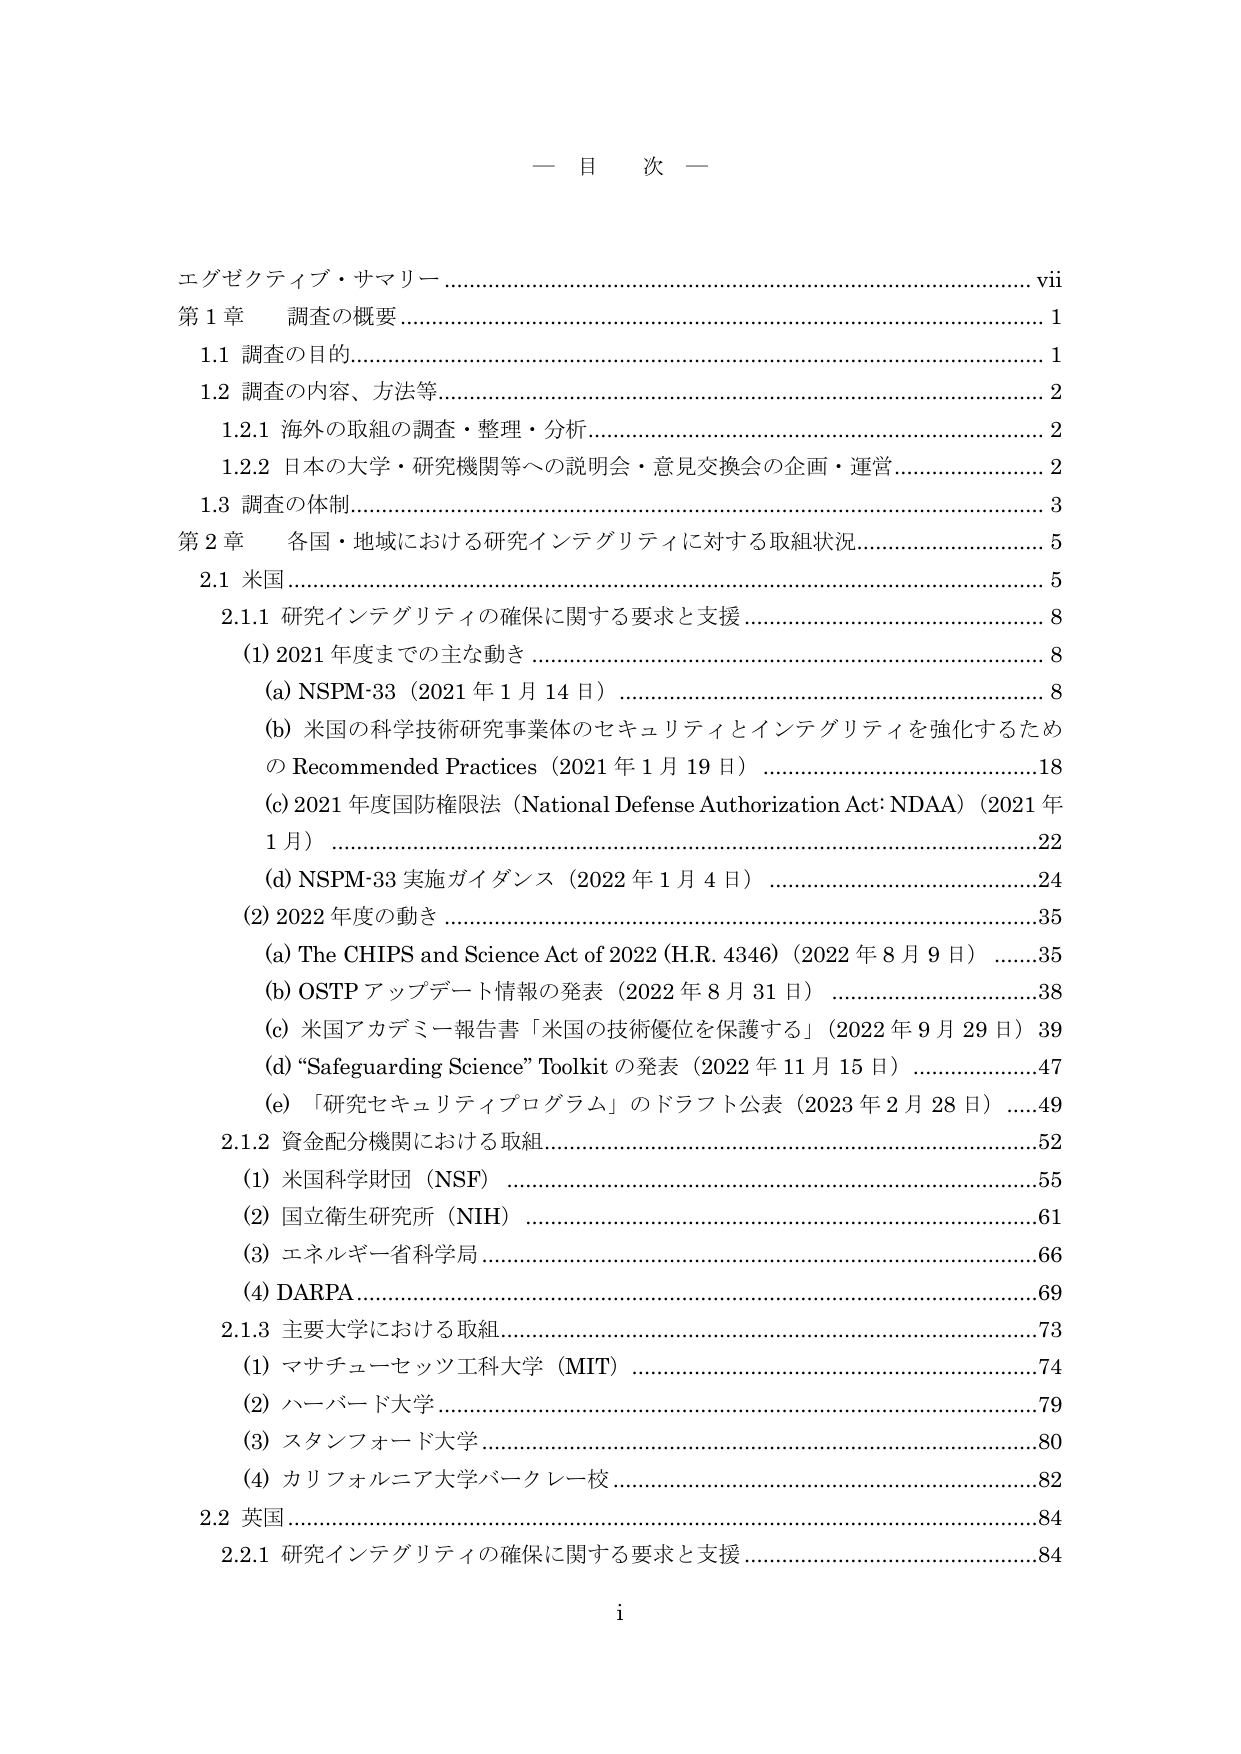
一 目 次 一

エグゼクティブ・サマリー……………………………………………………………………… vii
第1章 調査の概要………………………………………………………………………………… 1
　1.1 調査の目的………………………………………………………………………………… 1
　1.2 調査の内容、方法等……………………………………………………………………… 2
　　1.2.1 海外の取組の調査・整理・分析……………………………………………………… 2
　　1.2.2 日本の大学・研究機関等への説明会・意見交換会の企画・運営…………………… 2
　1.3 調査の体制………………………………………………………………………………… 3
第2章 各国・地域における研究インテグリティに対する取組状況…………………………… 5
　2.1 米国………………………………………………………………………………………… 5
　　2.1.1 研究インテグリティの確保に関する要求と支援……………………………………… 8
　　　(1) 2021年度までの主な動き……………………………………………………………… 8
　　　　(a) NSPM-33（2021年1月14日）………………………………………………………… 8
　　　　(b) 米国の科学技術研究事業体のセキュリティとインテグリティを強化するため
　　　　　のRecommended Practices（2021年1月19日）…………………………………… 18
　　　　(c) 2021年度国防権限法（National Defense Authorization Act: NDAA）（2021年
　　　　　1月）………………………………………………………………………………… 22
　　　　(d) NSPM-33実施ガイダンス（2022年1月4日）……………………………………… 24
　　　(2) 2022年度の動き……………………………………………………………………… 35
　　　　(a) The CHIPS and Science Act of 2022 (H.R. 4346)（2022年8月9日）……………… 35
　　　　(b) OSTPアップデート情報の発表（2022年8月31日）……………………………… 38
　　　　(c) 米国アカデミー報告書「米国の技術優位を保護する」（2022年9月29日）……… 39
　　　　(d) “Safeguarding Science” Toolkitの発表（2022年11月15日）………………… 47
　　　　(e) 「研究セキュリティプログラム」のドラフト公表（2023年2月28日）………… 49
　　2.1.2 資金配分機関における取組…………………………………………………………… 52
　　　(1) 米国科学財団（NSF）………………………………………………………………… 55
　　　(2) 国立衛生研究所（NIH）……………………………………………………………… 61
　　　(3) エネルギー省科学局…………………………………………………………………… 66
　　　(4) DARPA………………………………………………………………………………… 69
　　2.1.3 主要大学における取組……………………………………………………………… 73
　　　(1) マサチューセッツ工科大学（MIT）…………………………………………………… 74
　　　(2) ハーバード大学………………………………………………………………………… 79
　　　(3) スタンフォード大学…………………………………………………………………… 80
　　　(4) カリフォルニア大学バークレー校…………………………………………………… 82
　2.2 英国………………………………………………………………………………………… 84
　　2.2.1 研究インテグリティの確保に関する要求と支援…………………………………… 84

i